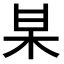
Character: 𭩱